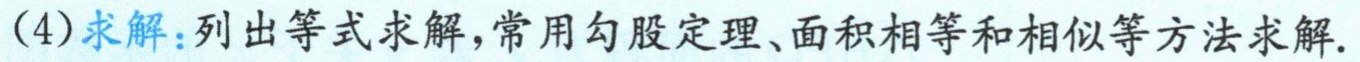
(4)求解：列出等式求解,常用勾股定理、面积相等和相似等方法求解.